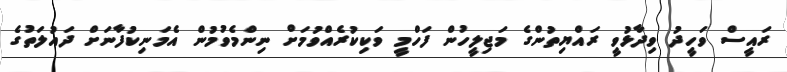
ރައީސް ވަހީދު ވިދާޅުވީ ރައްޔިތުންގެ މަޖިލީހުން ފަހްމީ ވަކިކުރެއްވުމަށް ނިންމެވުމުން އެމަނިކުފާނަށް ދައުލަތުގެ